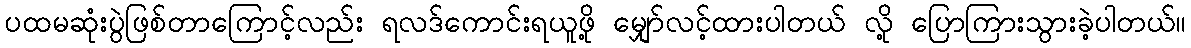
ပထမဆုံးပွဲဖြစ်တာကြောင့်လည်း ရလဒ်ကောင်းရယူဖို့ မျှော်လင့်ထားပါတယ် လို့ ပြောကြားသွားခဲ့ပါတယ်။